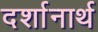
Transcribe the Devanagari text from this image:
दर्शानार्थ